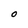
Character: O